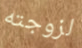
لزوجته